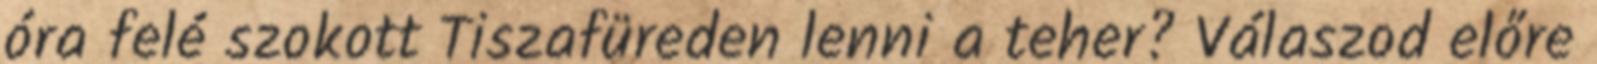
óra felé szokott Tiszafüreden lenni a teher? Válaszod előre